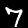
Label: 7